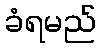
ခံရမည်